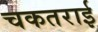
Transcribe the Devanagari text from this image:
चकतराई